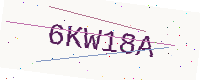
Text: 6KW18A